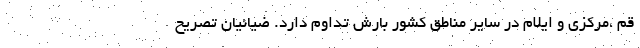
قم ،مرکزی و ایلام در سایر مناطق کشور بارش تداوم دارد. ضیائیان تصریح